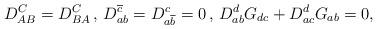
LaTeX: \begin{align*}D^C_{AB}=D^C_{BA}\,,\,D^{\overline{c}}_{ab}=D^{c}_{a\overline{b}}=0\,,\,D^d_{ab}G_{dc}+D^d_{ac}G_{ab}=0,\end{align*}